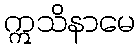
ဣသိနာမေ